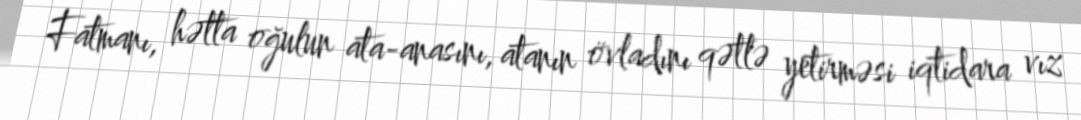
Fatmanı, hətta oğulun ata-anasını, atanın övladını qətlə yetirməsi iqtidara vız